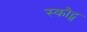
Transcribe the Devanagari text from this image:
स्कौट्स